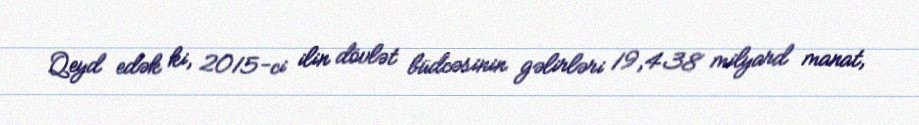
Qeyd edək ki, 2015-ci ilin dövlət büdcəsinin gəlirləri 19,438 milyard manat,